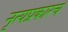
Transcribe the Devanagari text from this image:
नृत्यप्रकारचे